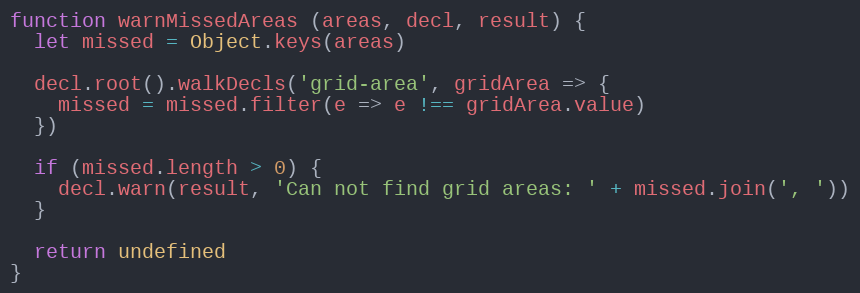
Language: JavaScript
function warnMissedAreas (areas, decl, result) {
  let missed = Object.keys(areas)

  decl.root().walkDecls('grid-area', gridArea => {
    missed = missed.filter(e => e !== gridArea.value)
  })

  if (missed.length > 0) {
    decl.warn(result, 'Can not find grid areas: ' + missed.join(', '))
  }

  return undefined
}